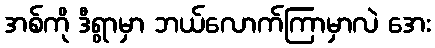
အစ်ကို ဒီရွာမှာ ဘယ်လောက်ကြာမှာလဲ အေး